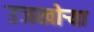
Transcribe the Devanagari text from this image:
उजखोर्‍या